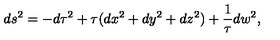
d s ^ { 2 } = - d \tau ^ { 2 } + \tau ( d x ^ { 2 } + d y ^ { 2 } + d z ^ { 2 } ) + \frac { 1 } { \tau } d w ^ { 2 } ,